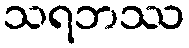
သရဘဿ